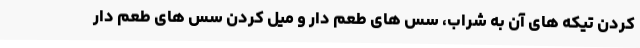
کردن تیکه های آن به شراب، سس های طعم دار و میل کردن سس های طعم دار